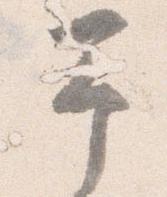
予